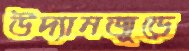
উদ্যানজুড়ে